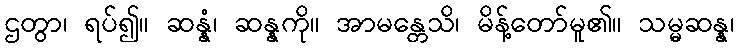
ဌတွာ၊ ရပ်၍။ ဆန္နံ၊ ဆန္နကို။ အာမန္တေသိ၊ မိန့်တော်မူ၏။ သမ္မဆန္န၊